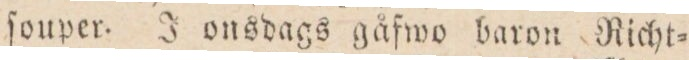
ſouper. J onsdags gåfwo baron Richt=